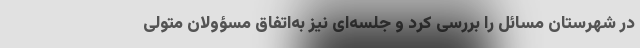
در شهرستان مسائل را بررسی کرد و جلسه‌ای نیز به‌اتفاق مسؤولان متولی